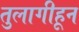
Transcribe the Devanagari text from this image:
तुलागीहून